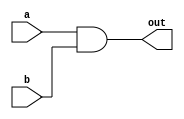
`timescale 1ns / 1ps
//////////////////////////////////////////////////////////////////////////////////
// Company: 
// Engineer: 
// 
// Design Name: 
// Module Name: myand
// Project Name: 
// Target Devices: 
// Tool Versions: 
// Description: 
// 
// Dependencies: 
// 
// Revision:
// Revision 0.01 - File Created
// Additional Comments:
// 
//////////////////////////////////////////////////////////////////////////////////


module myand(a, b, out);
    input a, b;
    output out;
    
    assign out = a & b;
endmodule